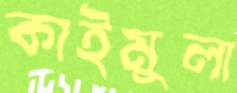
কাইমুলা